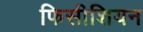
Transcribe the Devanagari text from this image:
फिसीशियन